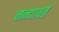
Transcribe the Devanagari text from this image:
नन्द्यावर्त